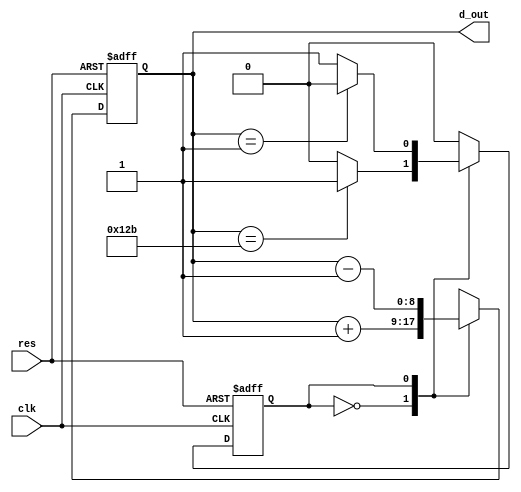
//2022-7-31,
//

module tri_gen(
		clk,
		res,
		d_out
		);

input		clk;
input		res;
output[8:0]	d_out;


reg[8:0]	d_out;
reg		state;

always@(posedge clk or negedge res)begin

if(~res) begin
	d_out<=0;state<=0;
end
else begin

	case(state)
//0;
	0:begin
	d_out<=d_out+1;
		if(d_out==299)begin
			state<=1;
		end
	end
//1;
	1:begin
	d_out<=d_out-1;
		if(d_out==1)begin
			state<=0;
		end
	end


	endcase



end




end





endmodule